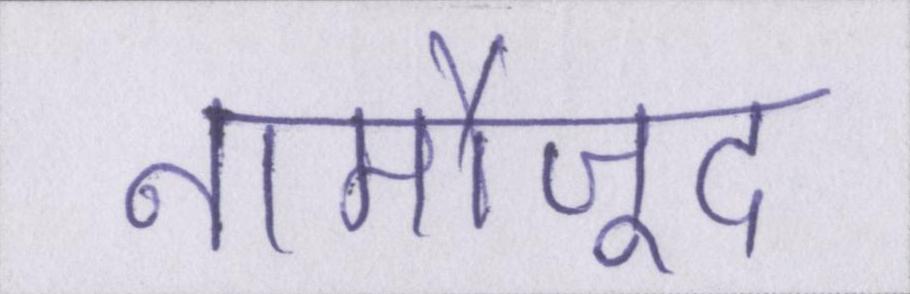
नामौजूद